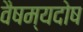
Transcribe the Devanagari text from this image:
वैषम्यदोष